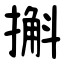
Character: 㩂